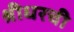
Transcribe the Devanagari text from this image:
श्रीधरची